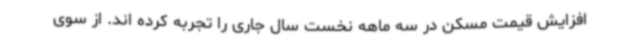
افزایش قیمت مسکن در سه ماهه نخست سال جاری را تجربه کرده اند. از سوی